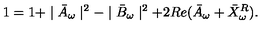
1 = 1 + \mid \bar { A } _ { \omega } \mid ^ { 2 } - \mid \bar { B } _ { \omega } \mid ^ { 2 } + 2 R e ( \bar { A } _ { \omega } + \bar { X } _ { \omega } ^ { R } ) .